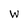
Character: W